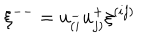
LaTeX: \xi ^ { -- } = u _ { ( i } ^ { - } u _ { j ) } ^ { + } \xi ^ { ( i j ) } \nonumber \,